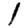
Digit: 1